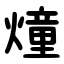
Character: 燑